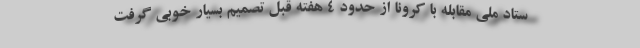
ستاد ملی مقابله با کرونا از حدود ۴ هفته قبل تصمیم بسیار خوبی گرفت